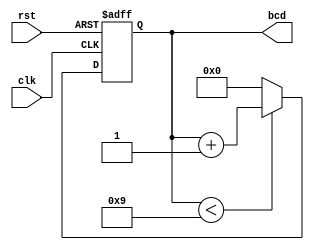
module bcd_counter (
    input wire clk,        // Clock input
    input wire rst,        // Asynchronous reset input
    output reg [3:0] bcd   // 4-bit BCD output
);

// Always block triggered on the rising edge of the clock or when reset is asserted
always @(posedge clk or posedge rst) begin
    if (rst) begin
        // Asynchronous reset: set BCD output to 0
        bcd <= 4'b0000;
    end else begin
        // Increment logic
        if (bcd < 4'b1001) begin
            // If current BCD value is less than 9, increment by 1
            bcd <= bcd + 1;
        end else begin
            // If current BCD value is 9, reset to 0
            bcd <= 4'b0000;
        end
    end
end

endmodule